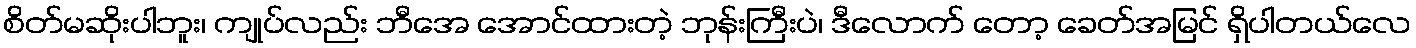
စိတ်မဆိုးပါဘူး၊ ကျုပ်လည်း ဘီအေ အောင်ထားတဲ့ ဘုန်းကြီးပဲ၊ ဒီလောက် တော့ ခေတ်အမြင် ရှိပါတယ်လေ